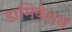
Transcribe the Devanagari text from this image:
डामिनेशन